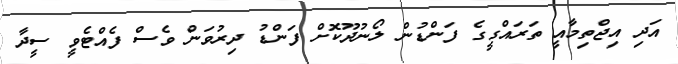
އަދި އިޖްތިމާއީ ތަރައްގީގެ ފަންޑުން ލޯނުދޫކޮށް ފަންޑު ދިރުވަން ވެސް ފެއްޓެވީ ސީދާ